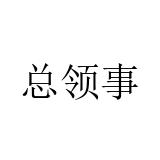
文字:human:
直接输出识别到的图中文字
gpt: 总领事